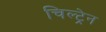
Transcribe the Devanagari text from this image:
चिल्ट्रेन